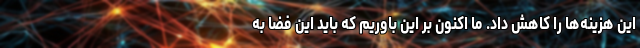
این هزینه‌ها را کاهش داد. ما اکنون بر این باوریم که باید این فضا به